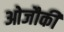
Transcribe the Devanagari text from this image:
ओजौकी